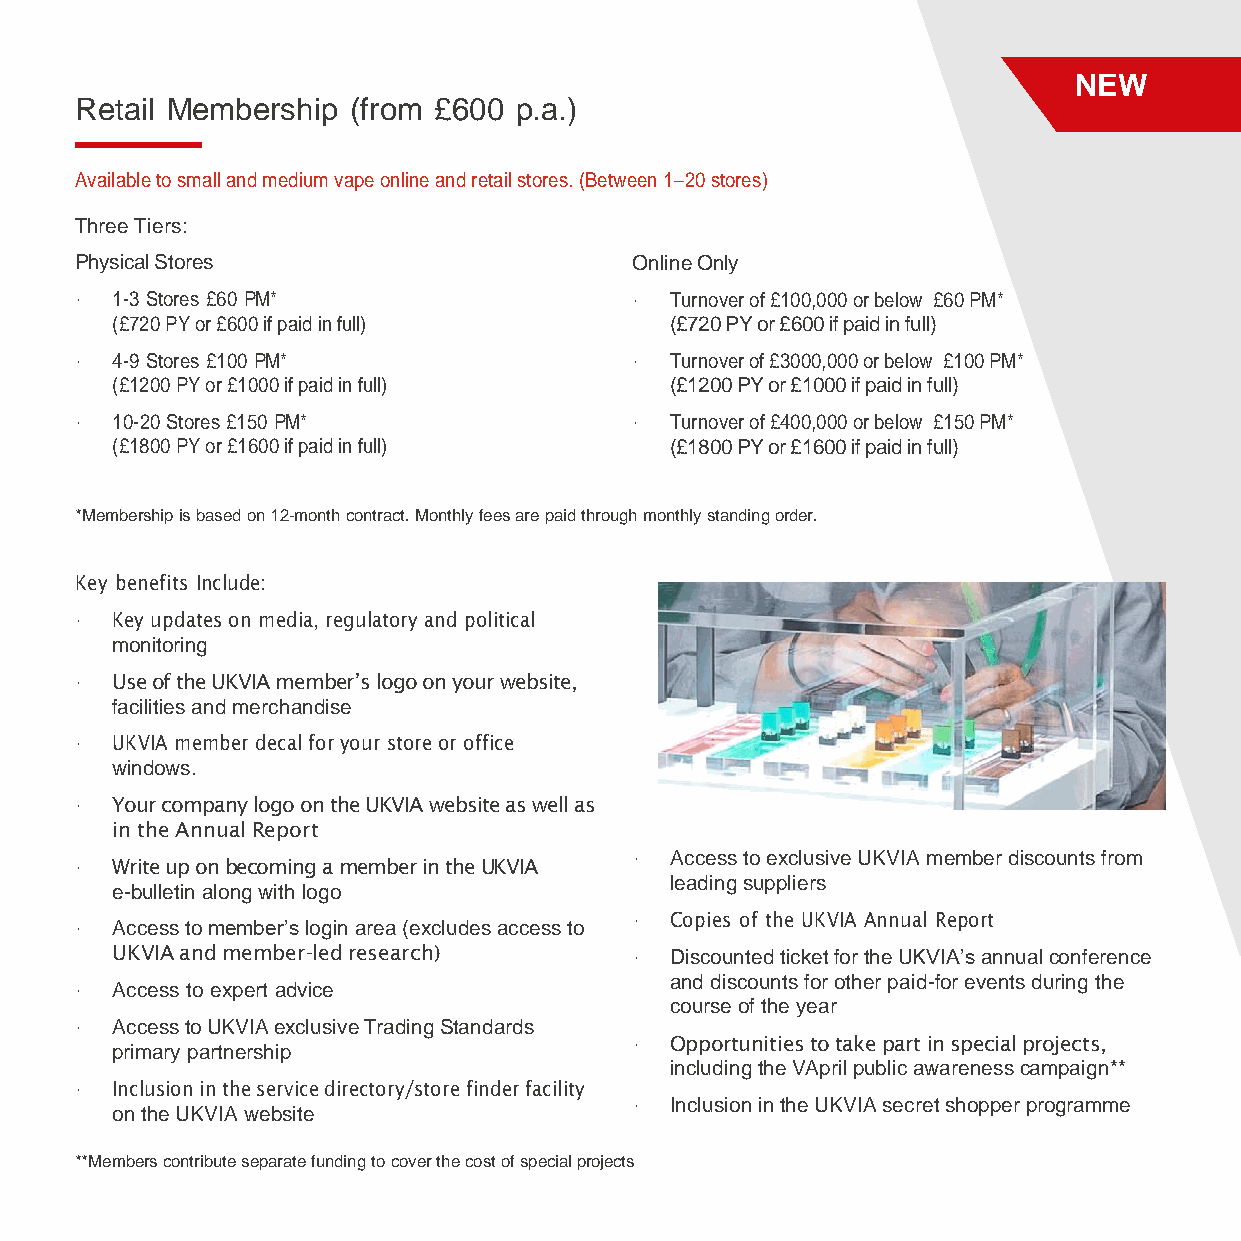
NEW
 Retail Membership (from £600 p.a.)
 Available to small and medium vape online and retail stores. (Between 1–20 stores)
 Three Tiers:
 Physical Stores                      Online Only
 • 1-3 Stores £60 PM*                 • Turnover of £100,000 or below £60 PM*
 (£720 PY or £600 if paid in full)    (£720 PY or £600 if paid in full)
 • 4-9 Stores £100 PM*                • Turnover of £3000,000 or below £100 PM*
 (£1200 PY or £1000 if paid in full)  (£1200 PY or £1000 if paid in full)
 • 10-20 Stores £150 PM*              • Turnover of £400,000 or below £150 PM*
 (£1800 PY or £1600 if paid in full)  (£1800 PY or £1600 if paid in full)
 *Membership is based on 12-month contract. Monthly fees are paid through monthly standing order.
 Key benefits Include:
 • Key updates on media, regulatory and political
 monitoring
 • Use of the UKVIA member’s logo on your website,
 facilities and merchandise
 • UKVIA member decal for your store or office
 windows.
 • Your company logo on the UKVIA website as well as
 in the Annual Report
 • Access to exclusive UKVIA member discounts from
 • Write up on becoming a member in the UKVIA
 leading suppliers
 e-bulletin along with logo
 • Copies of the UKVIA Annual Report
 • Access to member’s login area (excludes access to
 UKVIA and member-led research)     • Discounted ticket for the UKVIA’s annual conference
 and discounts for other paid-for events during the
 • Access to expert advice
 course of the year
 • Access to UKVIA exclusive Trading Standards
 • Opportunities to take part in special projects,
 primary partnership
 including the VApril public awareness campaign**
 • Inclusion in the service directory/store finder facility
 • Inclusion in the UKVIA secret shopper programme
 on the UKVIA website
 **Members contribute separate funding to cover the cost of special projects